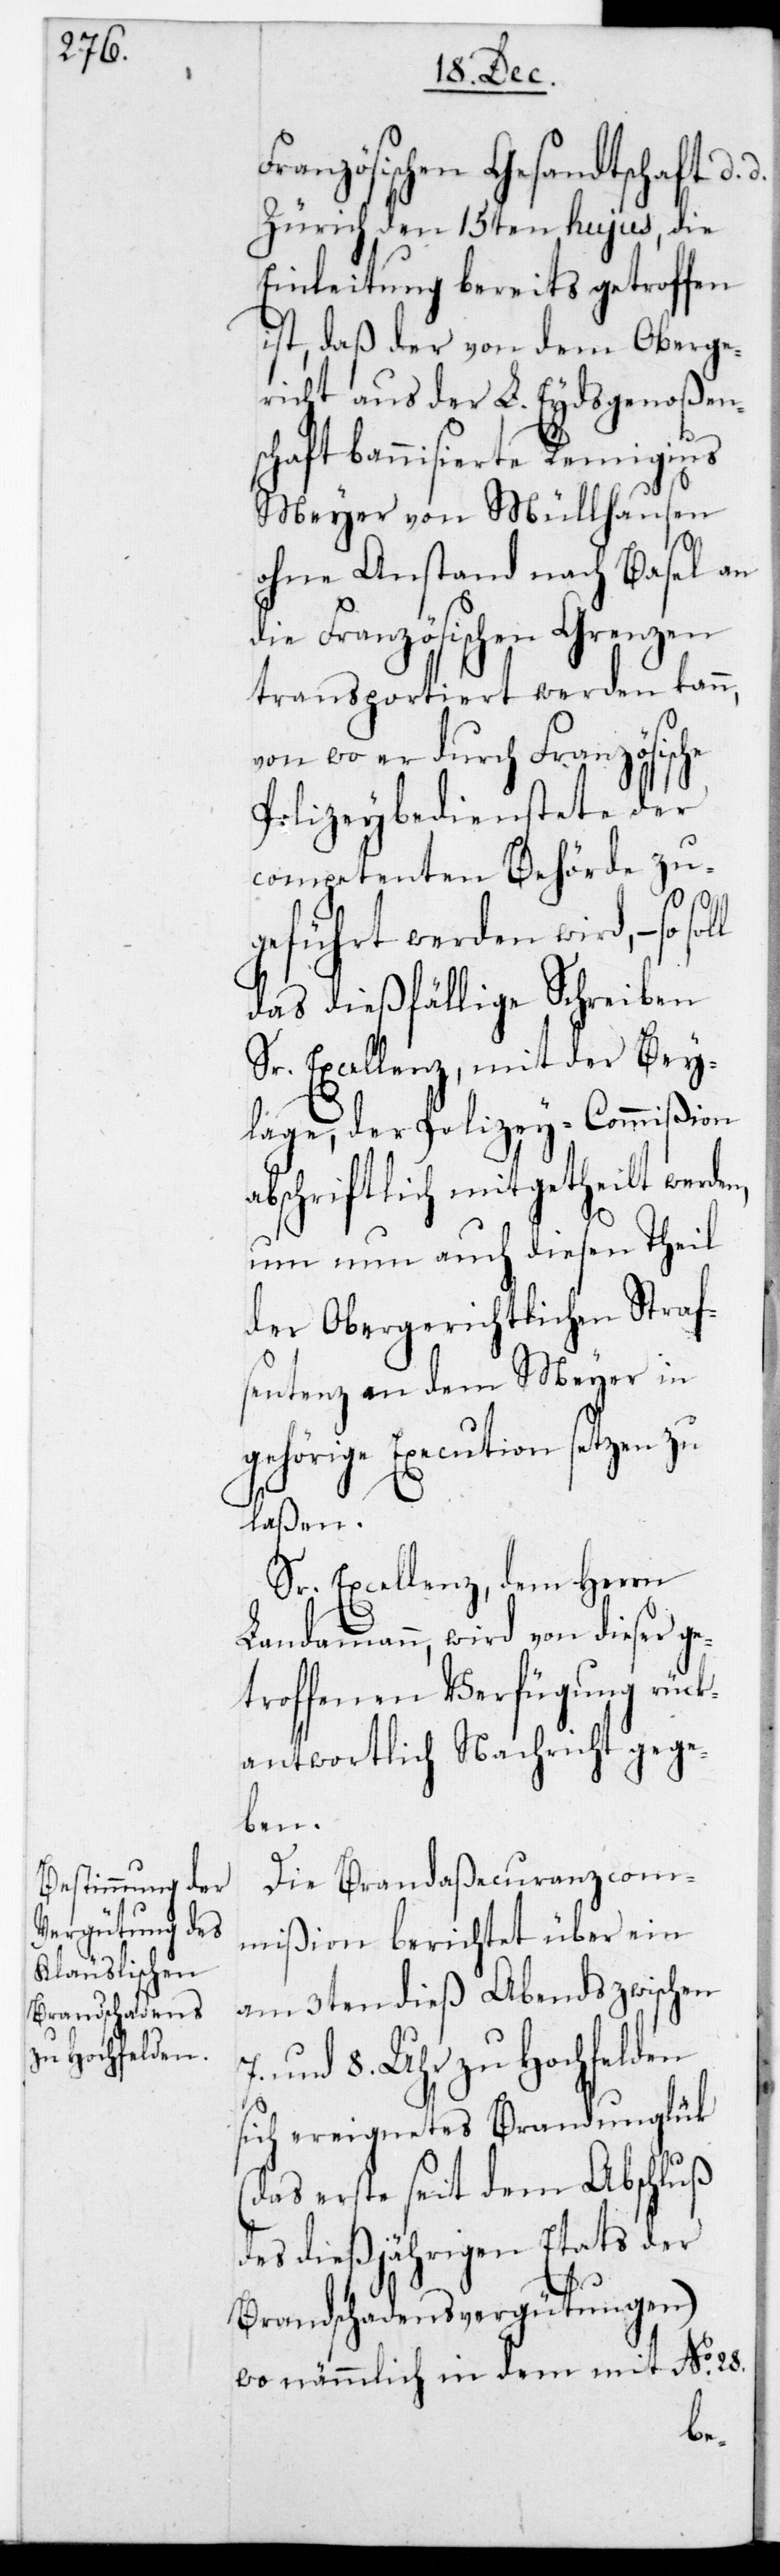
Französischen Gesandtschaft,
Zürich den 15ten hujus, die
Einleitung bereits getroffen
ist, daß der von dem Oberge¬
richt aus der L. Eydsgenoßen¬
schaft bannisierte Remigius
Meyer von Müllhausen
ohne Anstand nach Basel an
die Französischen Grenzen
transportiert werden kann,
von wo er durch Französische
Polizeybedienstete der
competenten Behörde zu¬
geführt werden wird, – so
das dießfällige Schreiben
Sr. Excellenz mit der Bei¬
lage, der Polizey-Commißion
abschriftlich mitgetheilt wer¬
um nun auch diesen Theil
der obergerichtlichen Straf¬
sentenz an dem Meyer in
gehörige Execution setzen zu
laßen.
Sr. Excellenz dem Herrn
Landammann wird von dieser ge¬
troffenen Verfügung rück¬
antwortlich Nachricht gege¬
ben.
Die Brandaßecuranz-Com¬
mißion berichtet über ein
am 3ten dieß Abends zwischen
und 8. Uhr zu Hochfelden
sich ereignetes Brandunglück
(das erste sei dem Abschluß
des dießjährigen Etats der
Brandschadensvergütungen),
wo nämmlich in dem mit No 28.